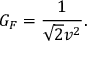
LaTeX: G _ { F } = \frac { 1 } { \sqrt { 2 } v ^ { 2 } } .